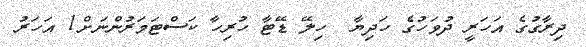
ދިރާގުގެ އަހަރީ ދުވަހުގެ ހަދިޔާ  ހިލޭ ޑޭޓާ ހުރިހާ ކަސްޓަމަރުންނަށް1 އަހަރު